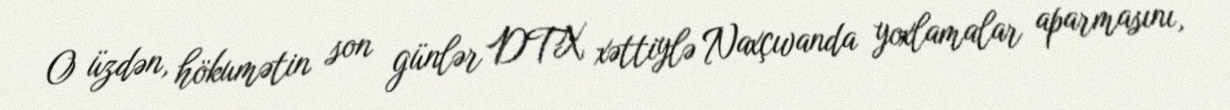
O üzdən, hökumətin son günlər DTX xəttiylə Naxçıvanda yoxlamalar aparmasını,